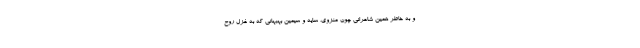
و به خاطر همین شاعرانی چون منزوی، سایه و سیمین بهبهانی که به غزل روح